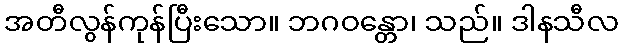
အတီလွန်ကုန်ပြီးသော။ ဘဂဝန္တော၊ သည်။ ဒါနသီလ